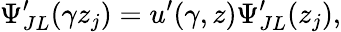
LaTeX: \Psi_{JL}^{\prime}(\gamma z_{j})=u^{\prime}(\gamma,z)\Psi_{JL}^{\prime}(z_{j}),